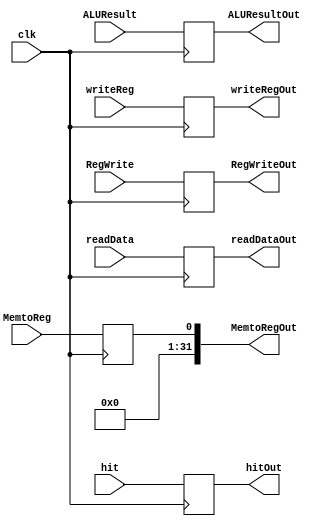
`timescale 1ns / 1ps

module mem_wb_register(
	input clk,
	input hit,
	input [31:0] readData,
	input [31:0] ALUResult,
	input [4:0] writeReg,
	input RegWrite,
	input MemtoReg,
	output reg hitOut = 0,
	output reg [31:0] readDataOut = 0,
	output reg [31:0] ALUResultOut = 0,
	output reg [4:0] writeRegOut = 0,
	output reg RegWriteOut = 0,
	output reg [31:0] MemtoRegOut = 0
	);
	
	always @(negedge clk)begin 
		hitOut = hit;
		readDataOut = readData;
		ALUResultOut = ALUResult;
		writeRegOut = writeReg;
		RegWriteOut = RegWrite;
		MemtoRegOut = MemtoReg;
	end

endmodule